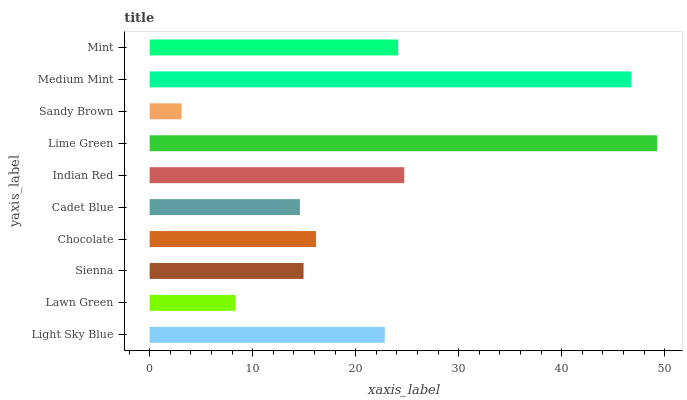
| yaxis_label | bars |
 | --- | --- |
 | Light Sky Blue | 22.8 |
 | Lawn Green | 8.33 |
 | Sienna | 14.9 |
 | Chocolate | 16.2 |
 | Cadet Blue | 14.6 |
 | Indian Red | 24.7 |
 | Lime Green | 49.3 |
 | Sandy Brown | 3.09 |
 | Medium Mint | 46.8 |
 | Mint | 24.1 |